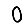
Digit: 0